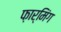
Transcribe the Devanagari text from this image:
फ़ार्मिंग